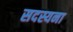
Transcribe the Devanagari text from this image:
सदस्यना